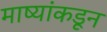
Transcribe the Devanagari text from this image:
माष्यांकडून